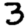
Digit: 3